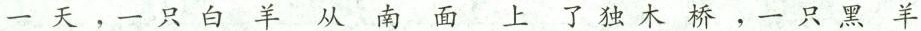
一天，一只白羊从南面上了独木桥，一只黑羊